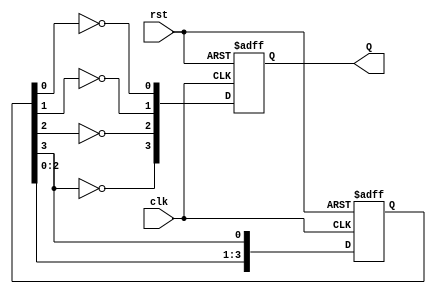
module JohnsonCounter (
    input clk,
    input rst,
    output reg [3:0] Q
);

reg [3:0] D;

always @ (posedge clk or posedge rst) begin
    if (rst) begin
        D <= 4'b0001;
        Q <= 4'b1110; // inverted initial state
    end else begin
        D <= {D[2:0], D[3]};
        Q <= {~D[3], ~D[2], ~D[1], ~D[0]};
    end
end

endmodule